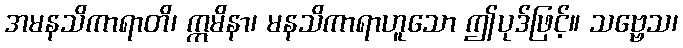
အမနသိကာရာတိ၊ ဣမိနာ၊ မနသိကာရာဟူသော ဤပုဒ်ဖြင့်။ သဗ္ဗေသ၊